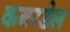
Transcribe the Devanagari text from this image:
कबरडेल